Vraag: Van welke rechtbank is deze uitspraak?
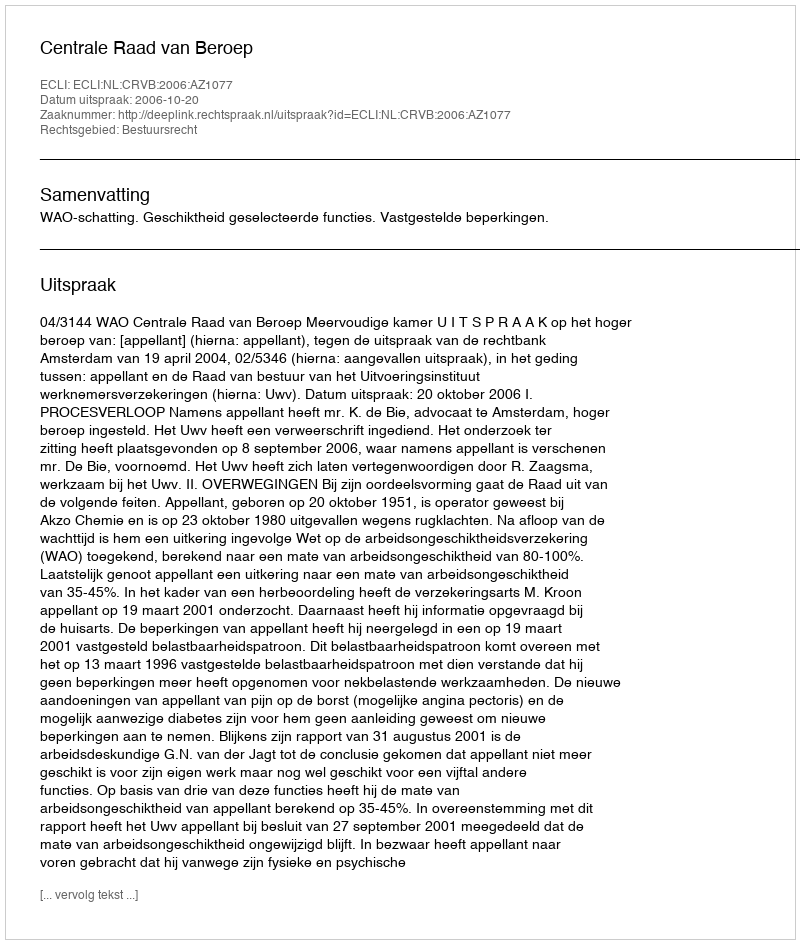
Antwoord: Centrale Raad van Beroep